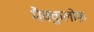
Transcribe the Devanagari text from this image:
मैक्कुलोफ़